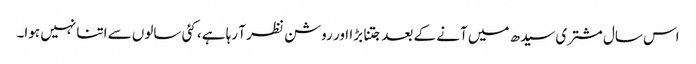
اس سال مشتری سیدھ میں آنے کے بعد جتنا بڑا اور روشن نظر آ رہا ہے، کئی سالوں سے اتنا نہیں ہوا۔